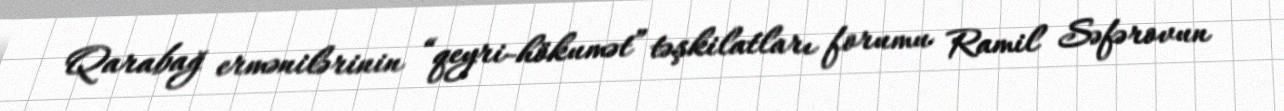
Qarabağ ermənilərinin “qeyri-hökumət” təşkilatları forumu Ramil Səfərovun